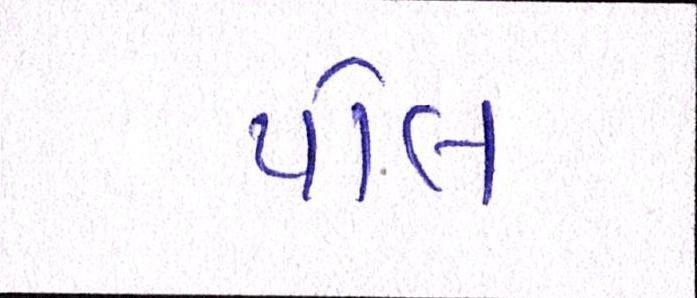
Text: પોલ